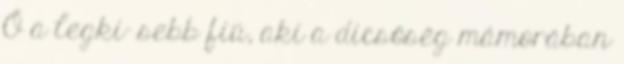
Ő a legki- sebb fiú, aki a dicsőség mámorában